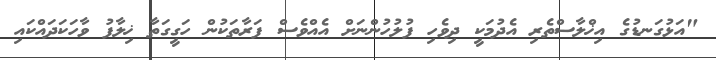
"އަޅުގަނޑުގެ އިޚްލާސްތެރި އެދުމަކީ ދިވެހި ފުލުހުންނަށް އެއްވެސް ފަރާތަކުން ހަގީގަތާ ޚިލާފު ވާހަކަދައްކައި